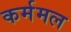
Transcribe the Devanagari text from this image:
कर्ममल